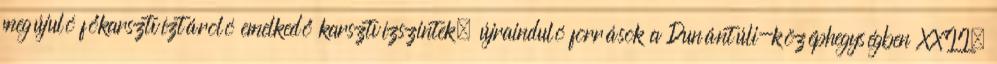
megújuló főkarsztvíztároló emelkedő karsztvízszintek, újrainduló források a Dunántúli-középhegységben XXII.